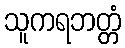
သူကရဘတ္တံ